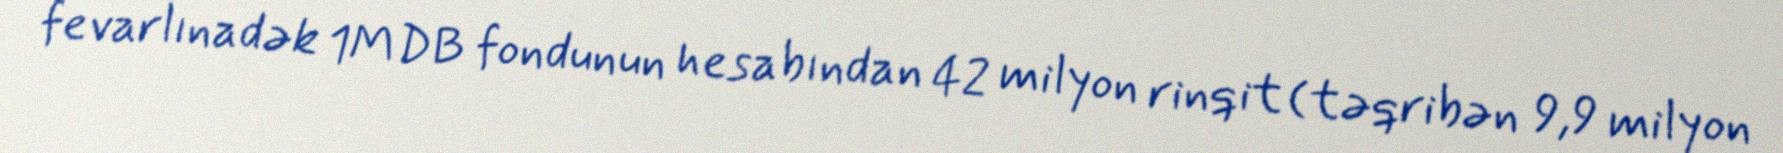
fevarlınadək 1MDB fondunun hesabından 42 milyon rinqit (təqribən 9,9 milyon